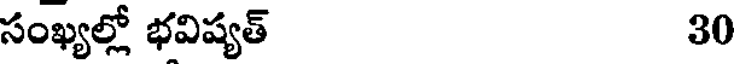
సంఖ్యల్లో భవిష్యత్ 30